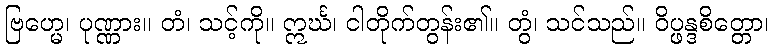
ဗြဟ္မေ၊ ပုဏ္ဏား။ တံ၊ သင့်ကို။ ဣင်္ဃ၊ ငါတိုက်တွန်း၏။ တွံ၊ သင်သည်။ ဝိပ္ဖန္ဒစိတ္တော၊